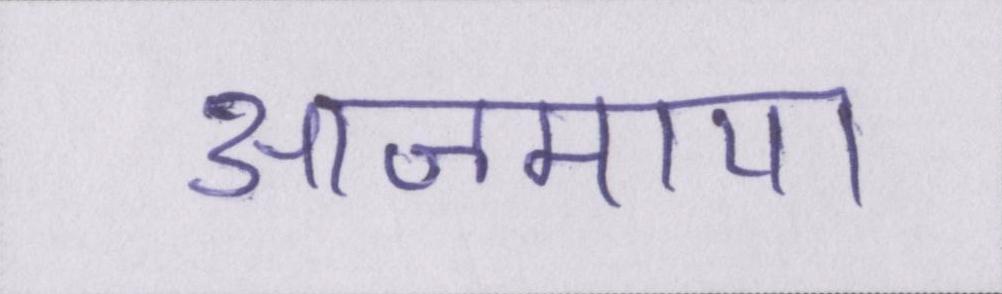
आजमाया